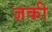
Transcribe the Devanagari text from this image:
ज़की